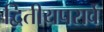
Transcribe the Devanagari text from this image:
द्वितीयपरार्वे